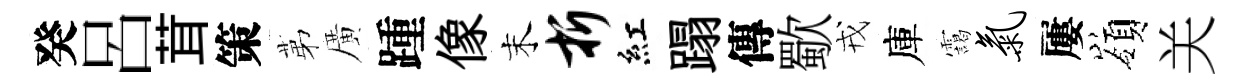
癸呂茸策苐廣踵像末折紅蹋傳歜戎庫靄气屢嶺关